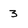
Character: 3